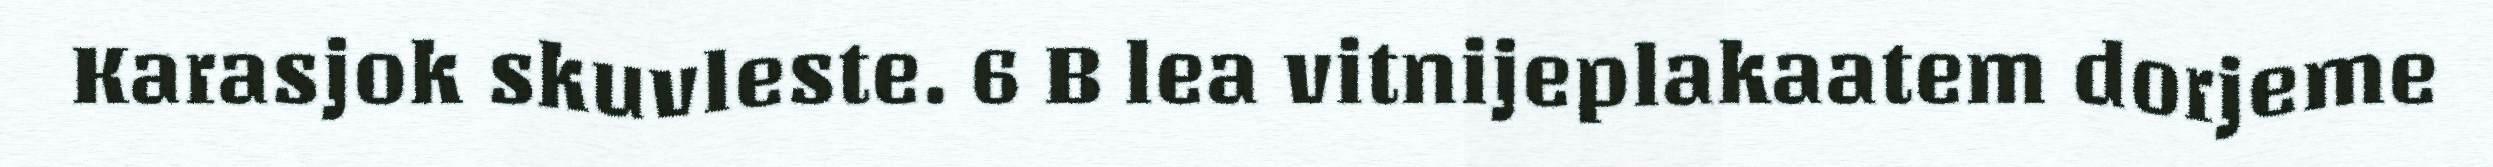
Karasjok skuvleste. 6 B lea vitnijeplakaatem dorjeme